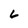
Character: 6